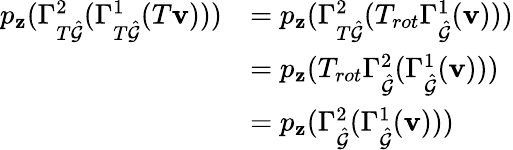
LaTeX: \begin{array}{rl}{p_{\mathbf{z}}(\Gamma_{T\hat{\mathcal{G}}}^{2}(\Gamma_{T\hat{\mathcal{G}}}^{1}(T\mathbf{v})))}&{=p_{\mathbf{z}}(\Gamma_{T\hat{\mathcal{G}}}^{2}(T_{rot}\Gamma_{\hat{\mathcal{G}}}^{1}(\mathbf{v})))}\\ &{=p_{\mathbf{z}}(T_{rot}\Gamma_{\hat{\mathcal{G}}}^{2}(\Gamma_{\hat{\mathcal{G}}}^{1}(\mathbf{v})))}\\ &{=p_{\mathbf{z}}(\Gamma_{\hat{\mathcal{G}}}^{2}(\Gamma_{\hat{\mathcal{G}}}^{1}(\mathbf{v})))}\end{array}